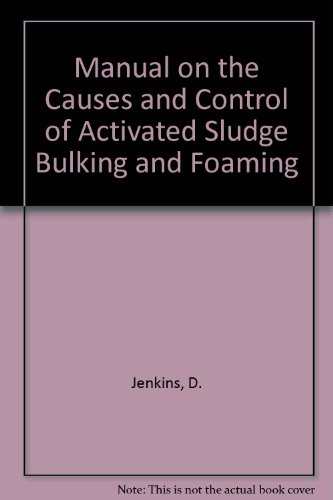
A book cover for Manual on the Causes and Control of Activated Sludge Bulking and Foaming, Second Edition; David Jenkins; Science & Math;